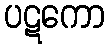
ပဋကော